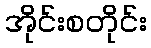
အိုင်းစတိုင်း